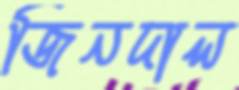
জিনদাল